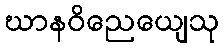
ဃာနဝိညေယျေသု